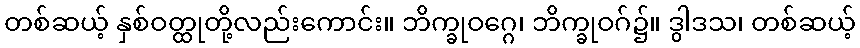
တစ်ဆယ့် နှစ်ဝတ္ထုတို့လည်းကောင်း။ ဘိက္ခုဝဂ္ဂေ၊ ဘိက္ခုဝဂ်၌။ ဒွါဒသ၊ တစ်ဆယ့်